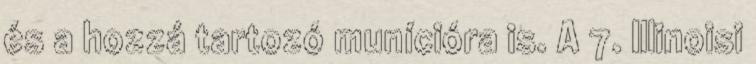
és a hozzá tartozó munícióra is. A 7. Illinoisi